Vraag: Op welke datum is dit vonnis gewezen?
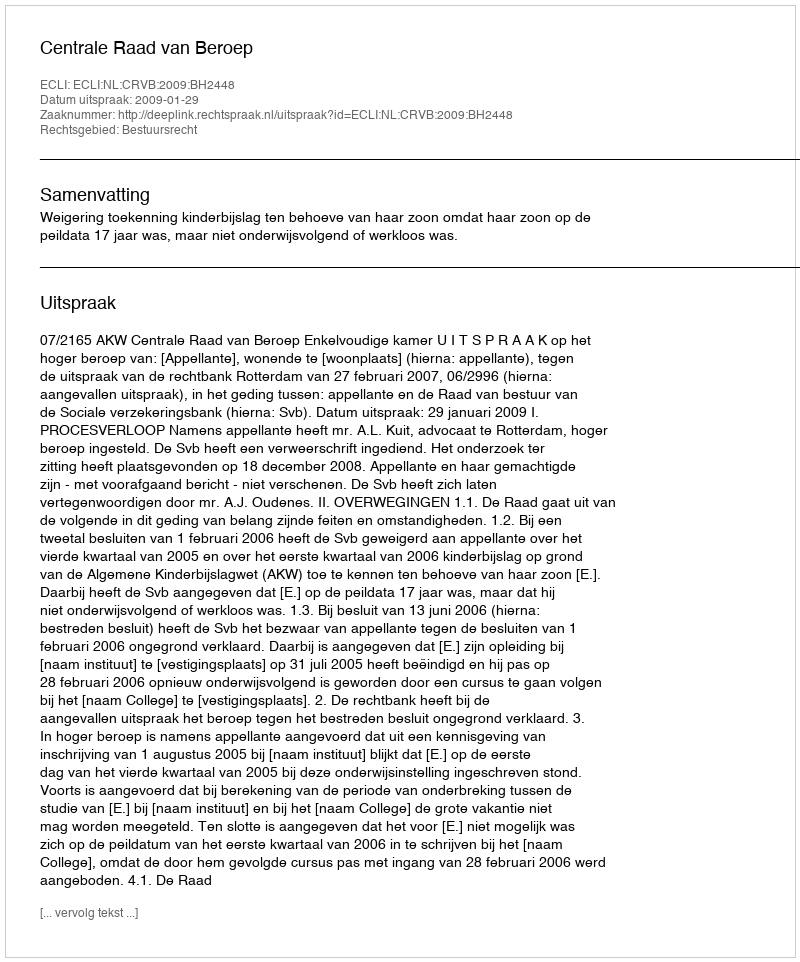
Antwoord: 2009-01-29